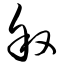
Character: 叙